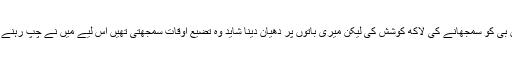
میں نے اماں بی کو سمجھانے کی لاکھ کوشش کی لیکن میری باتوں پر دھیان دینا شاید وہ تضیع اوقات سمجھتی تھیں اس لیے میں نے چپ رہنے کی ٹھان لی۔